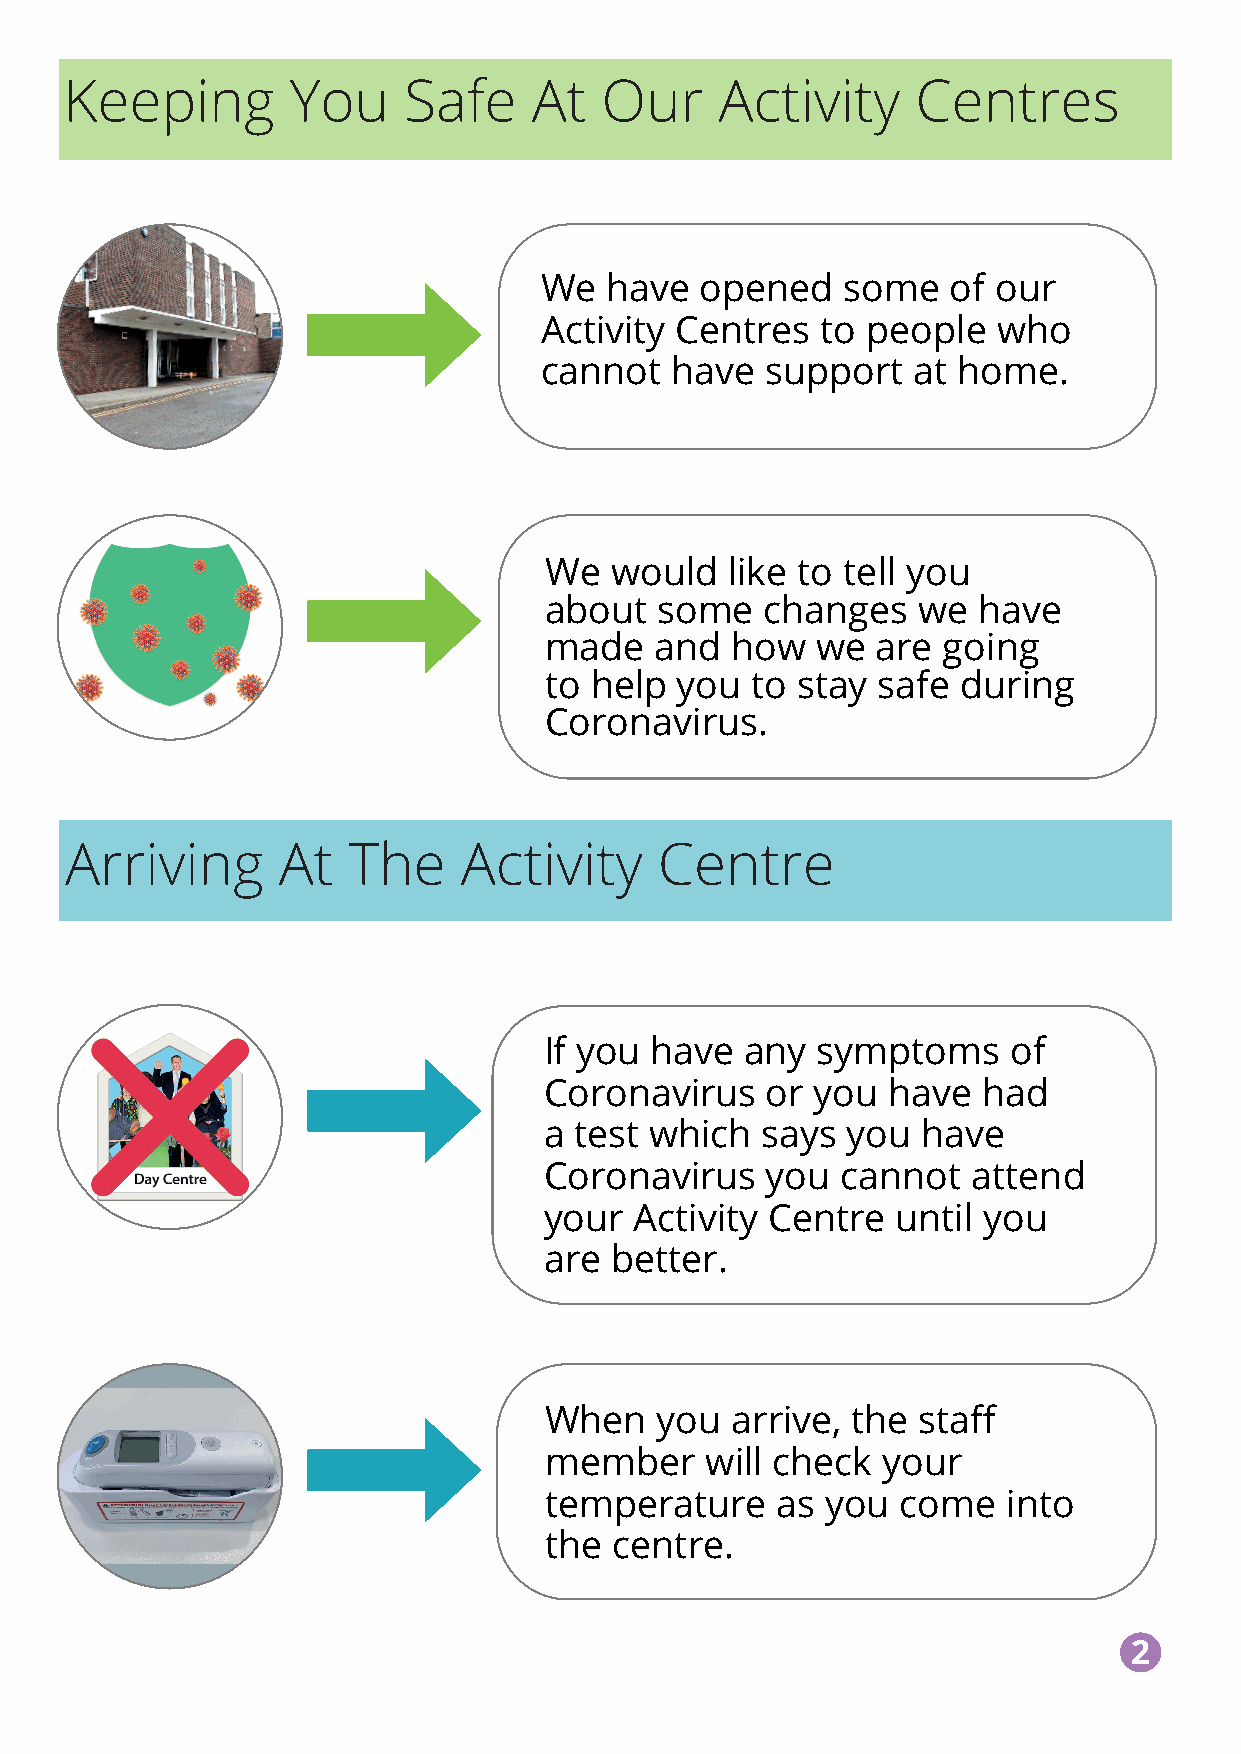
Keeping        You     Safe    At   Our     Activity     Centres
 We  have  opened    some   of our
 Activity Centres  to people   who
 cannot  have   support  at home.
 We  would   like to tell you
 about   some   changes   we  have
 made   and  how   we  are going
 to help  you  to stay safe  during
 Coronavirus.
 Arriving      At   The    Activity      Centre
 If you have  any  symptoms     of
 Coronavirus    or you  have  had
 a test which  says  you  have
 Coronavirus    you  cannot  attend
 your  Activity Centre  until you
 are better.
 When   you  arrive, the  staff
 member     will check your
 temperature    as  you  come   into
 the  centre.
 2